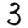
Digit: 3